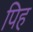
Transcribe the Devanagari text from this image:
पिह